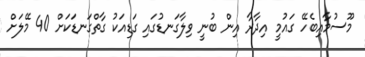
މޫސުމާއިބެހޭ ގައުމީ އިދާރާ އިން ބުނީ ވިލާގަނޑުގައި ގަޑިއަކު ގާތްގަނޑަކަށް 40 މޭލަށް